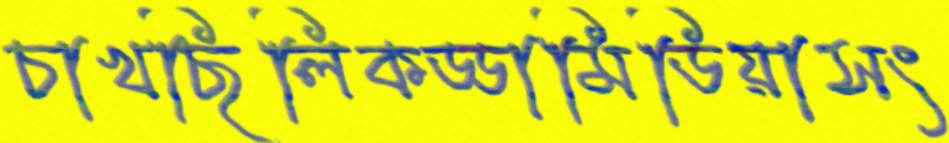
চাখছিলিকড্ডামিডিয়াসং